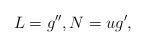
LaTeX: \begin{align*}L=g^{\prime \prime },N=ug^{\prime }, \end{align*}